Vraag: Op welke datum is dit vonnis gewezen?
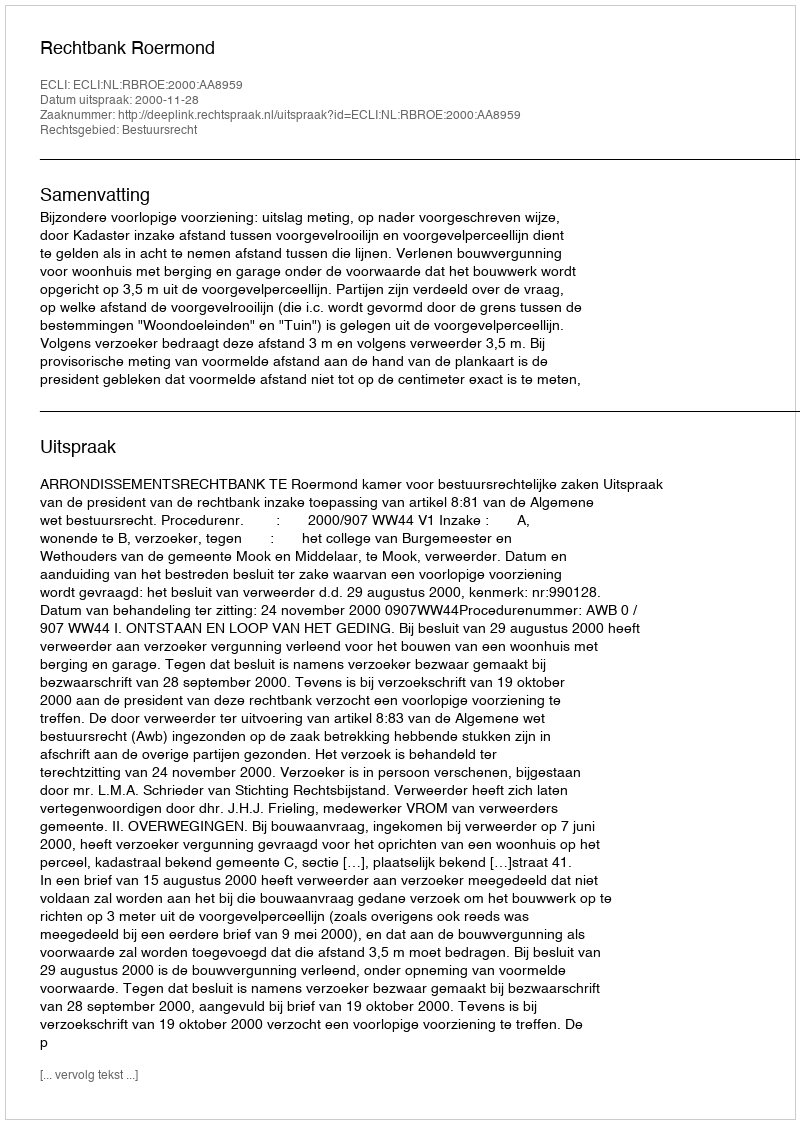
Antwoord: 2000-11-28